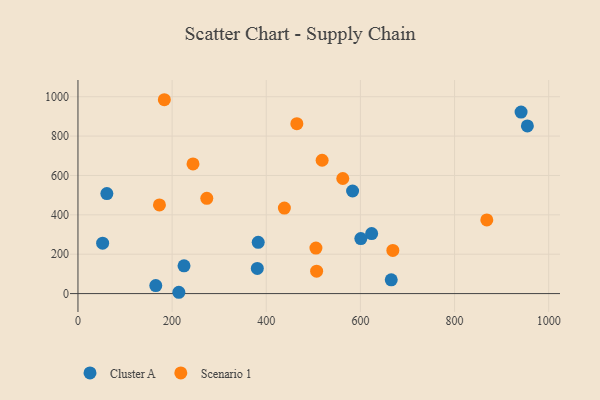
{"axis": {"x": "Study Hours", "y": "Profit"}, "legend": ["Cluster A", "Scenario 1"], "data": [{"x": "382.9", "y": 260.5, "type": "Cluster A"}, {"x": "954.7", "y": 851.8, "type": "Cluster A"}, {"x": "225.3", "y": 140.9, "type": "Cluster A"}, {"x": "941.3", "y": 922.1, "type": "Cluster A"}, {"x": "665.5", "y": 69.8, "type": "Cluster A"}, {"x": "623.9", "y": 304.7, "type": "Cluster A"}, {"x": "600.9", "y": 279.4, "type": "Cluster A"}, {"x": "165.3", "y": 40.9, "type": "Cluster A"}, {"x": "381.0", "y": 127.8, "type": "Cluster A"}, {"x": "52.4", "y": 256.3, "type": "Cluster A"}, {"x": "214.3", "y": 6.7, "type": "Cluster A"}, {"x": "61.4", "y": 507.9, "type": "Cluster A"}, {"x": "583.4", "y": 521.2, "type": "Cluster A"}, {"x": "173.1", "y": 450.4, "type": "Scenario 1"}, {"x": "244.4", "y": 658.8, "type": "Scenario 1"}, {"x": "868.5", "y": 374.1, "type": "Scenario 1"}, {"x": "438.5", "y": 434.6, "type": "Scenario 1"}, {"x": "668.9", "y": 219.2, "type": "Scenario 1"}, {"x": "518.7", "y": 677.4, "type": "Scenario 1"}, {"x": "465.0", "y": 863.3, "type": "Scenario 1"}, {"x": "562.6", "y": 584.6, "type": "Scenario 1"}, {"x": "273.7", "y": 484.0, "type": "Scenario 1"}, {"x": "505.5", "y": 231.1, "type": "Scenario 1"}, {"x": "183.5", "y": 984.7, "type": "Scenario 1"}, {"x": "507.0", "y": 113.8, "type": "Scenario 1"}]}